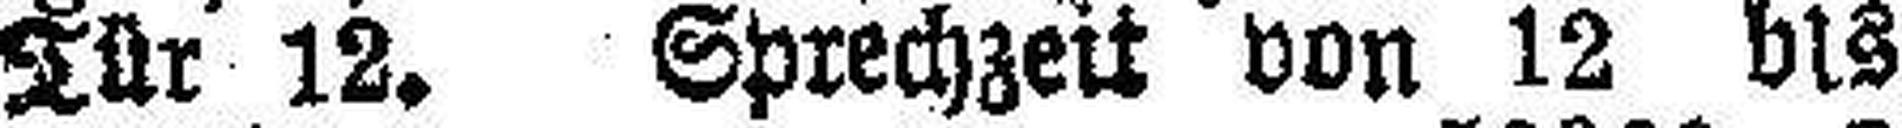
Tür 12. Sprechzeit von 12 bis